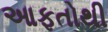
આફતોથી